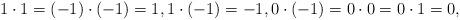
LaTeX: \begin{align*}1\cdot 1=(-1)\cdot(-1)=1, 1\cdot (-1) =-1, 0\cdot (-1)=0\cdot 0 = 0 \cdot 1=0, \end{align*}